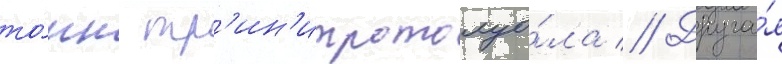
то́нн тр'ин'итротолуо́ла // Друга́я